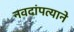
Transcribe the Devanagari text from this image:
नवदांपत्याने